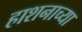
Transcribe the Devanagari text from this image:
हाशनाच्या